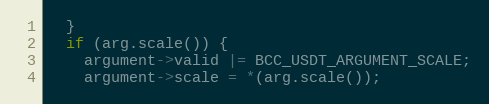
Language: C++
  }
  if (arg.scale()) {
    argument->valid |= BCC_USDT_ARGUMENT_SCALE;
    argument->scale = *(arg.scale());